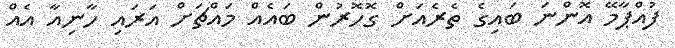
ފުއްޕާމޭ އޮންނަ ބައިގެ ތެރެއަށް ގޮހޮރުން ބައެއް މައްޗަށް އަރައި ހާނިއާ އެއް